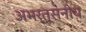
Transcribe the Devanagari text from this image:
अभर्त्सनीय